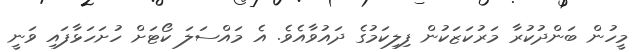
މީހުން ބަންދުކުރާ މަރުކަޒަކުން ފިލިކަމުގެ ދައުވާއެވެ. އެ މައްސަލަ ކޯޓަށް ހުށަހަޅާފައި ވަނީ